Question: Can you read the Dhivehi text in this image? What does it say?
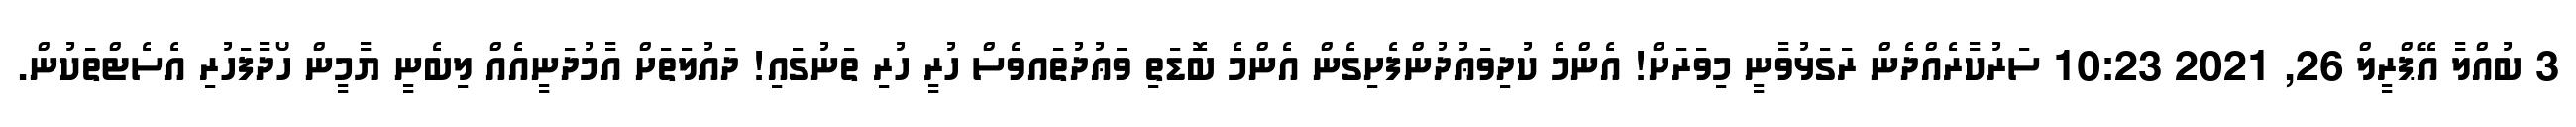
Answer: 3 ބުއްލާ އޭޕްރީލް 26, 2021 10:23 ސަރުކާރެއްދެން ރަގަޅުވާނީ މިވަރަށް! އެންމެ ކުދިވަޢުދުންފެށިގެން އެންމެ ބޮޑަތި ވަޢުދުތައވެސް ހުރީ ހުރި ތަނުގައި! ދައުލަތަށް އާމުދަނީއެއް ލިބެނީ ޔާމީން ހޯދާފަހުރި އެސެޓްތަކުން.